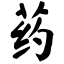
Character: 药